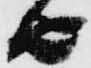
由